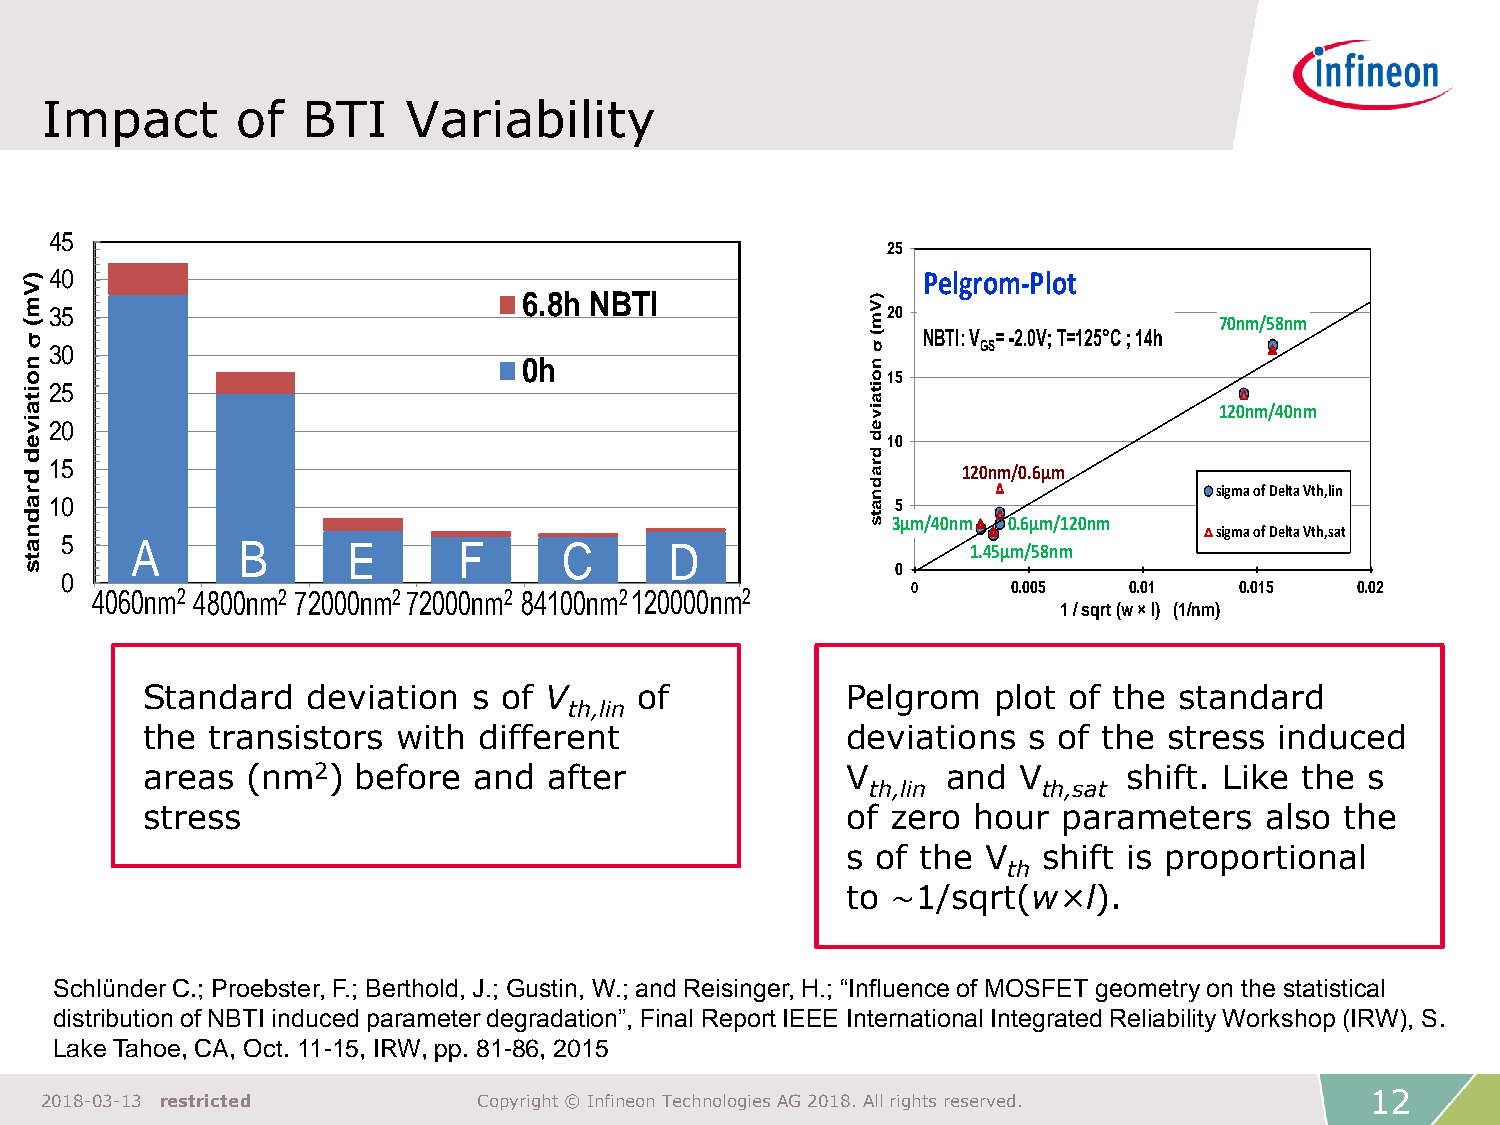
Impact       of  BTI    Variability
 45
 25
 )40                                                        Pelgrom-Plot
 V
 m 35                             6.8h NBTI              ) V20
 (                                                       m                      70nm/58nm
 s                                                        (  NBTI: V = -2.0V;T=125°C ; 14h
 n30
 0h
 ns     GS
 o                                                       o15
 i25                                                     it
 t                                                       a
 a
 i v20
 iv
 e
 120nm/40nm
 e                                                       d10
 d                                                       d
 d15                                                     r
 a
 d
 120nm/0.6µm
 r                                                       n                      sigma of Delta Vth,lin
 a10                                                     a 5
 d                                                       t s 3µm/40nm 0.6µm/120nm
 n                                                                              sigma of Delta Vth,sat
 a 5    A      B      E      F      C      D                   1.45µm/58nm
 t
 s                                                        0
 0
 0      0.005   0.01   0.015   0.02
 4060nm2 4800nm2 72000nm272000nm2 84100nm2120000nm2
 1 / sqrt (w l) (1/nm)
 Standard   deviation  s of V     of            Pelgrom   plot of the standard
 th,lin
 the  transistors with  different               deviations  s of the stress  induced
 areas  (nm2)   before and  after               V      and V       shift. Like the s
 th,lin     th,sat
 stress                                         of zero hour  parameters    also the
 s of the V   shift is proportional
 th
 to ∼1/sqrt(w×l).
 Schlünder C.; Proebster, F.; Berthold, J.; Gustin, W.; and Reisinger, H.; “Influence of MOSFET geometry on the statistical
 distribution of NBTI induced parameter degradation”, Final Report IEEE International Integrated Reliability Workshop (IRW), S.
 Lake Tahoe, CA, Oct. 11-15, IRW, pp. 81-86, 2015
 12
 2018-03-13 restricted        Copyright © Infineon Technologies AG 2018. All rights reserved.